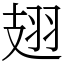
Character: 翅